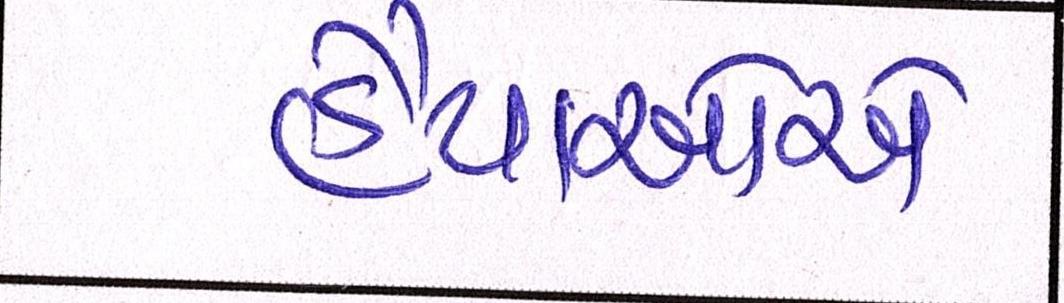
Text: હૈયાઓએ